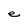
Character: e